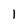
Character: l